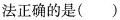
法正确的是()